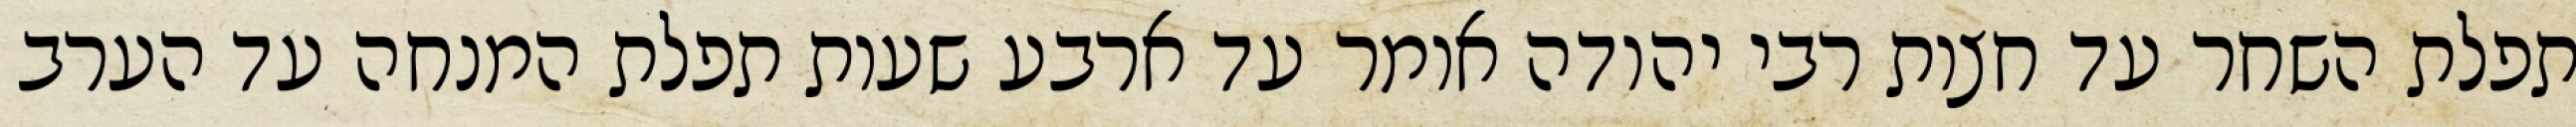
תפלת השחר עד חצות רבי יהודה אומר עד ארבע שעות תפלת המנחה עד הערב